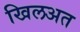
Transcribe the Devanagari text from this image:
खिलअत